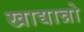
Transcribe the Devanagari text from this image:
खाद्यान्नो